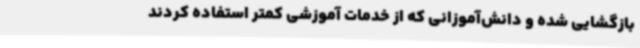
بازگشایی شده و دانش‌آموزانی که از خدمات آموزشی کمتر استفاده کردند